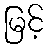
မြင့်